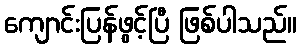
ကျောင်းပြန်ဖွင့်ပြီ ဖြစ်ပါသည်။